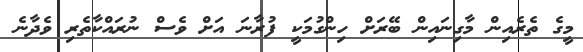
މީގެ ތެރެއިން މާގިނައިން ބޭރަށް ހިންގުމަކީ ފުރާނަ އަށް ވެސް ނުރައްކާތެރި ވެދާނެ